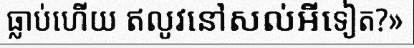
ធ្លាប់ហើយ ឥលូវនៅសល់អីទៀត?»